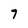
Character: 7